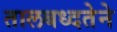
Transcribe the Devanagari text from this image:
तालबध्दतेने